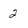
Character: 2